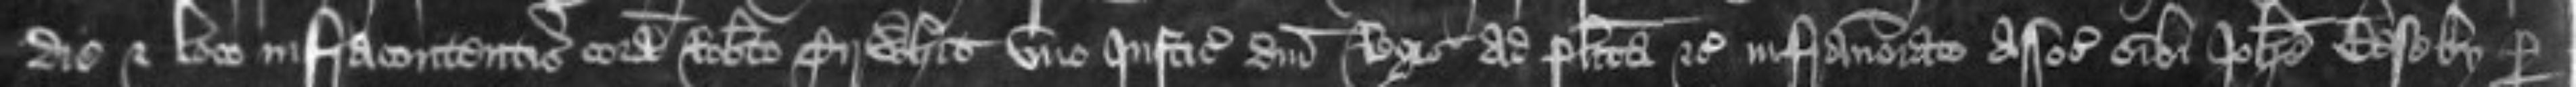
die et loco infracontentis coram Roberto Tirwhit uno Justiciariorum domini Regis ad placita etc infranominato associato sibi Johanne Beseby per